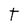
Character: T